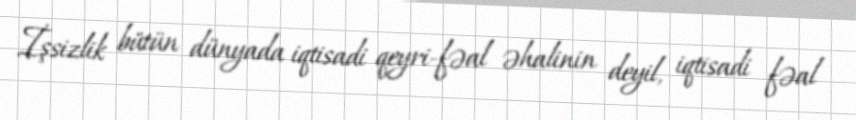
İşsizlik bütün dünyada iqtisadi qeyri-fəal əhalinin deyil, iqtisadi fəal